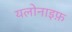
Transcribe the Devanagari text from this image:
यलोनाइफ़